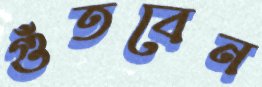
গুঁতবেন